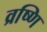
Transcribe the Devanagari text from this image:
व्रष्णि